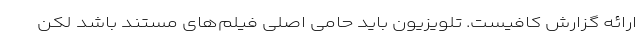
ارائه گزارش کافیست. تلویزیون باید حامی اصلی فیلم‌های مستند باشد لکن